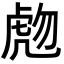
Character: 虝